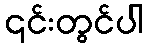
၎င်းတွင်ပါ